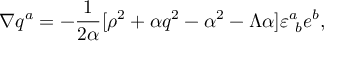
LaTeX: \nabla q ^ { a } = - { \frac { 1 } { 2 { \alpha } } } [ \rho ^ { 2 } + \alpha q ^ { 2 } - \alpha ^ { 2 } - \Lambda \alpha ] \varepsilon _ { \ b } ^ { a } e ^ { b } ,